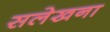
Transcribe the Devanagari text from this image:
सलेखना